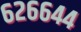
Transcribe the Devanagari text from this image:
६२६६४४